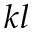
k l